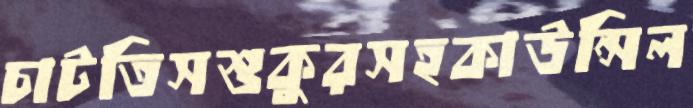
চাটতিসশুকুরসহকাউন্সিল